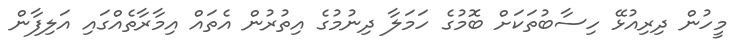
މީހުން ދިރިއުޅޭ ހިސާބުތަކަށް ބޮމުގެ ހަމަލާ ދިނުމުގެ އިތުރުން އެތައް އިމާރާތެއްގައި އަލިފާން